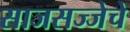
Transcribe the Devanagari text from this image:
साजसज्जेचे